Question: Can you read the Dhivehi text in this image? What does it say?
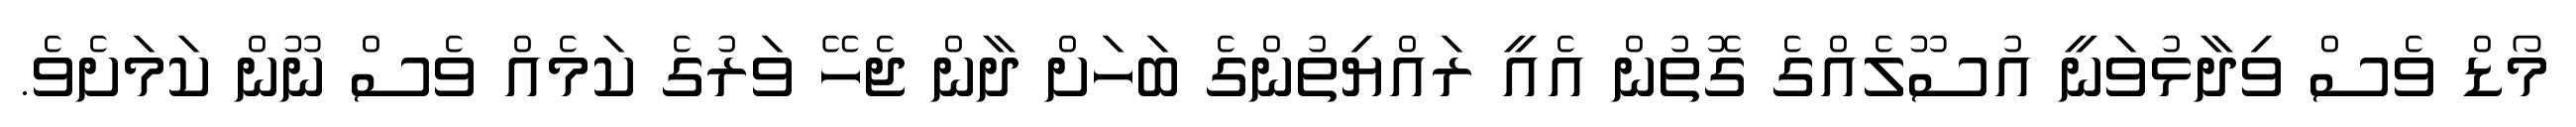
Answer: މޯޑް ވެސް ވިދާޅުވަނީ އުސޫލެއްގެ ގޮތުން އެއީ ރައްޔިތުންގެ ބަހަށް ދާން ޖެހޭ ވަރުގެ ކަމެއް ވެސް ނޫން ކަމަށެވެ.